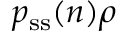
{ p _ { \mathrm { s s } } ( \boldsymbol n ) \rho }